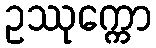
ဥဿုက္ကော